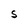
Character: S